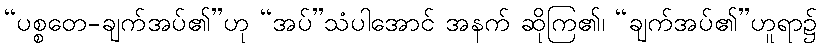
“ပစ္စတေ-ချက်အပ်၏”ဟု “အပ်”သံပါအောင် အနက် ဆိုကြ၏၊ “ချက်အပ်၏”ဟူရာ၌